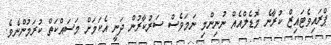
ޕްރައިވެޓައިޒް ކުރާނެ މޮޑެލްއެއް ނުނިންމި ނަމަވެސް ސަރުކާރުން ދަނީ އެކަމަށް މަސައްކަތް ކުރަމުންނެވެ.